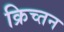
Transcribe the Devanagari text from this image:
क्रिच्तन